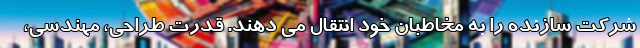
شرکت سازنده را به مخاطبان خود انتقال می دهند. قدرت طراحی، مهندسی،